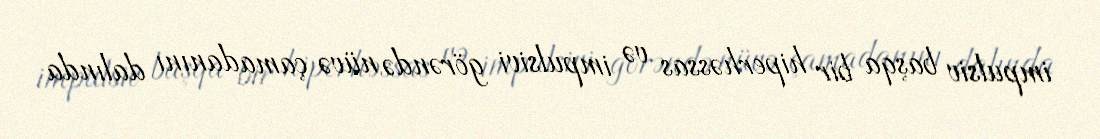
impulsiv başqa bir hiperhəssas və impulsivi görəndə nüvə çamadanını dalında